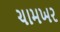
ચામખર